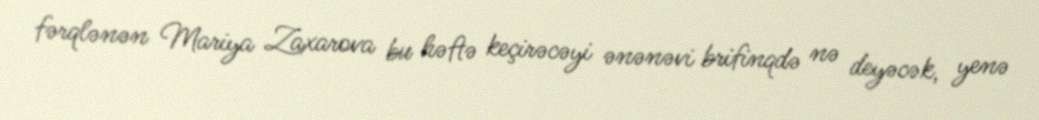
fərqlənən Mariya Zaxarova bu həftə keçirəcəyi ənənəvi brifinqdə nə deyəcək, yenə